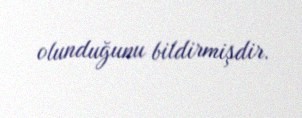
olunduğunu bildirmişdir.